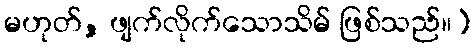
မဟုတ်, ဖျက်လိုက်သောသိမ် ဖြစ်သည်။)